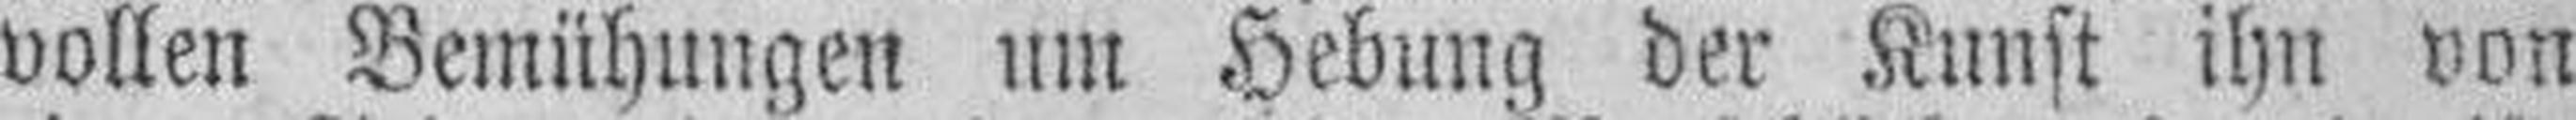
vollen Bemühungen um Hebung der Kunst ihn von